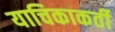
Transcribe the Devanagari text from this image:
याचिकाकर्ती